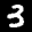
Label: 3